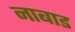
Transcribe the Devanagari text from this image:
नाबाड